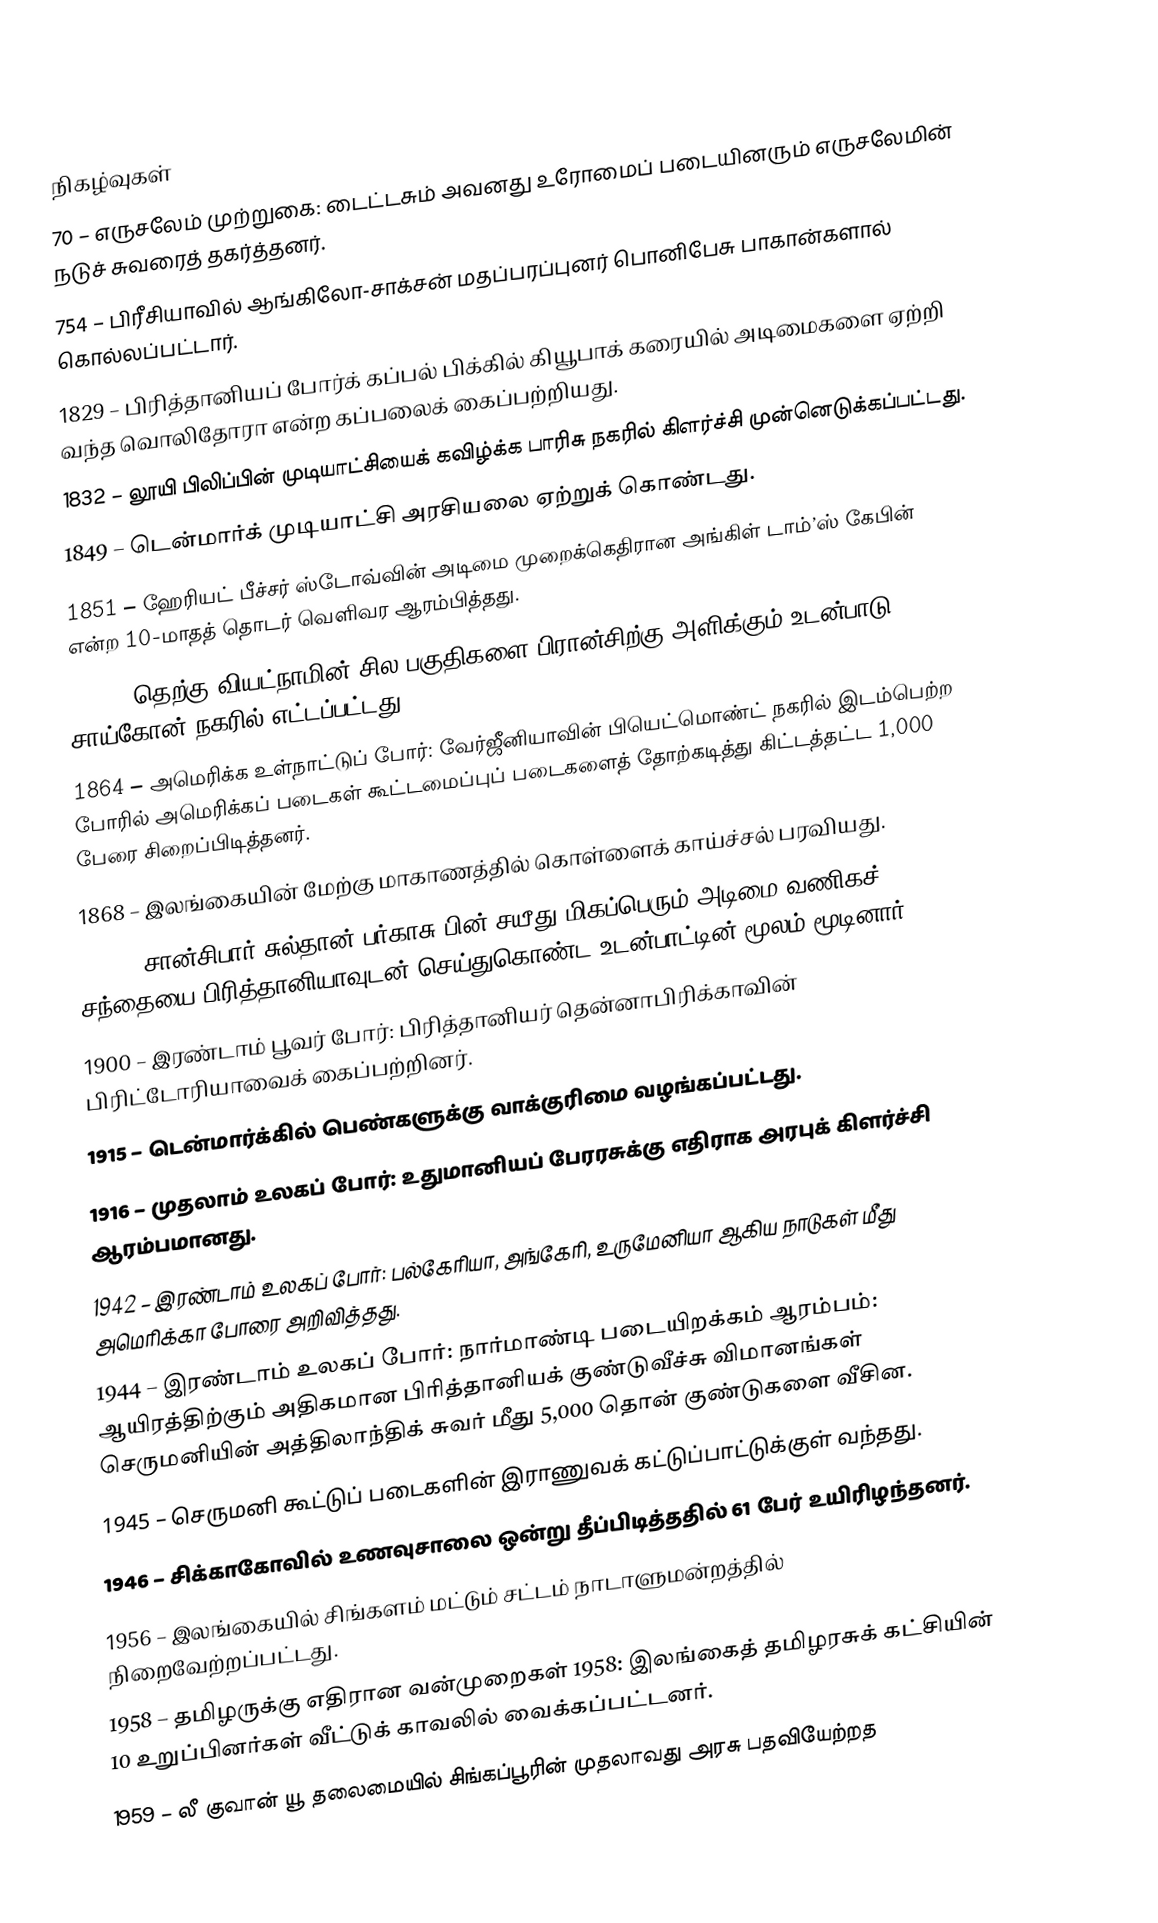

நிகழ்வுகள்
 70 – எருசலேம் முற்றுகை: டைட்டசும் அவனது உரோமைப் படையினரும் எருசலேமின் நடுச் சுவரைத் தகர்த்தனர்.
 754 – பிரீசியாவில் ஆங்கிலோ-சாக்சன் மதப்பரப்புனர் பொனிபேசு பாகான்களால் கொல்லப்பட்டார்.
1829 – பிரித்தானியப் போர்க் கப்பல் பிக்கில் கியூபாக் கரையில் அடிமைகளை ஏற்றி வந்த வொலிதோரா என்ற கப்பலைக் கைப்பற்றியது.
1832 – லூயி பிலிப்பின் முடியாட்சியைக் கவிழ்க்க பாரிசு நகரில் கிளர்ச்சி முன்னெடுக்கப்பட்டது.
1849 – டென்மார்க் முடியாட்சி அரசியலை ஏற்றுக் கொண்டது.
1851 – ஹேரியட் பீச்சர் ஸ்டோவ்வின் அடிமை முறைக்கெதிரான அங்கிள் டாம்’ஸ் கேபின் என்ற 10-மாதத் தொடர் வெளிவர ஆரம்பித்தது.
1862 – தெற்கு வியட்நாமின் சில பகுதிகளை பிரான்சிற்கு அளிக்கும் உடன்பாடு சாய்கோன் நகரில் எட்டப்பட்டது.
1864 – அமெரிக்க உள்நாட்டுப் போர்: வேர்ஜீனியாவின் பியெட்மொண்ட் நகரில் இடம்பெற்ற போரில் அமெரிக்கப் படைகள் கூட்டமைப்புப் படைகளைத் தோற்கடித்து கிட்டத்தட்ட 1,000 பேரை சிறைப்பிடித்தனர்.
1868 – இலங்கையின் மேற்கு மாகாணத்தில் கொள்ளைக் காய்ச்சல் பரவியது.
1873 – சான்சிபார் சுல்தான் பர்காசு பின் சயீது மிகப்பெரும் அடிமை வணிகச் சந்தையை பிரித்தானியாவுடன் செய்துகொண்ட உடன்பாட்டின் மூலம் மூடினார்.
1900 – இரண்டாம் பூவர் போர்: பிரித்தானியர் தென்னாபிரிக்காவின் பிரிட்டோரியாவைக் கைப்பற்றினர்.
1915 – டென்மார்க்கில் பெண்களுக்கு வாக்குரிமை வழங்கப்பட்டது.
1916 – முதலாம் உலகப் போர்: உதுமானியப் பேரரசுக்கு எதிராக அரபுக் கிளர்ச்சி ஆரம்பமானது.
1942 – இரண்டாம் உலகப் போர்: பல்கேரியா, அங்கேரி, உருமேனியா ஆகிய நாடுகள் மீது அமெரிக்கா போரை அறிவித்தது.
1944 – இரண்டாம் உலகப் போர்: நார்மாண்டி படையிறக்கம் ஆரம்பம்: ஆயிரத்திற்கும் அதிகமான பிரித்தானியக் குண்டுவீச்சு விமானங்கள் செருமனியின் அத்திலாந்திக் சுவர் மீது 5,000 தொன் குண்டுகளை வீசின.
1945 – செருமனி கூட்டுப் படைகளின் இராணுவக் கட்டுப்பாட்டுக்குள் வந்தது.
1946 – சிக்காகோவில் உணவுசாலை ஒன்று தீப்பிடித்ததில் 61 பேர் உயிரிழந்தனர்.
1956 – இலங்கையில் சிங்களம் மட்டும் சட்டம் நாடாளுமன்றத்தில் நிறைவேற்றப்பட்டது.
1958 – தமிழருக்கு எதிரான வன்முறைகள் 1958: இலங்கைத் தமிழரசுக் கட்சியின் 10 உறுப்பினர்கள் வீட்டுக் காவலில் வைக்கப்பட்டனர்.
1959 – லீ குவான் யூ தலைமையில் சிங்கப்பூரின் முதலாவது அரசு பதவியேற்றத